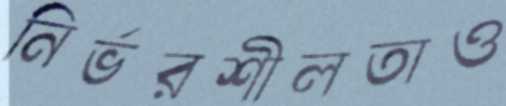
নির্ভরশীলতাও